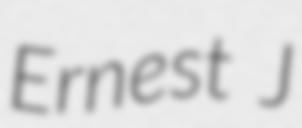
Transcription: Ernest J